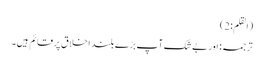
(القلم:2)
ترجمہ: اور بے شک آپ بڑے بلند اخلاق پر قائم ہیں۔